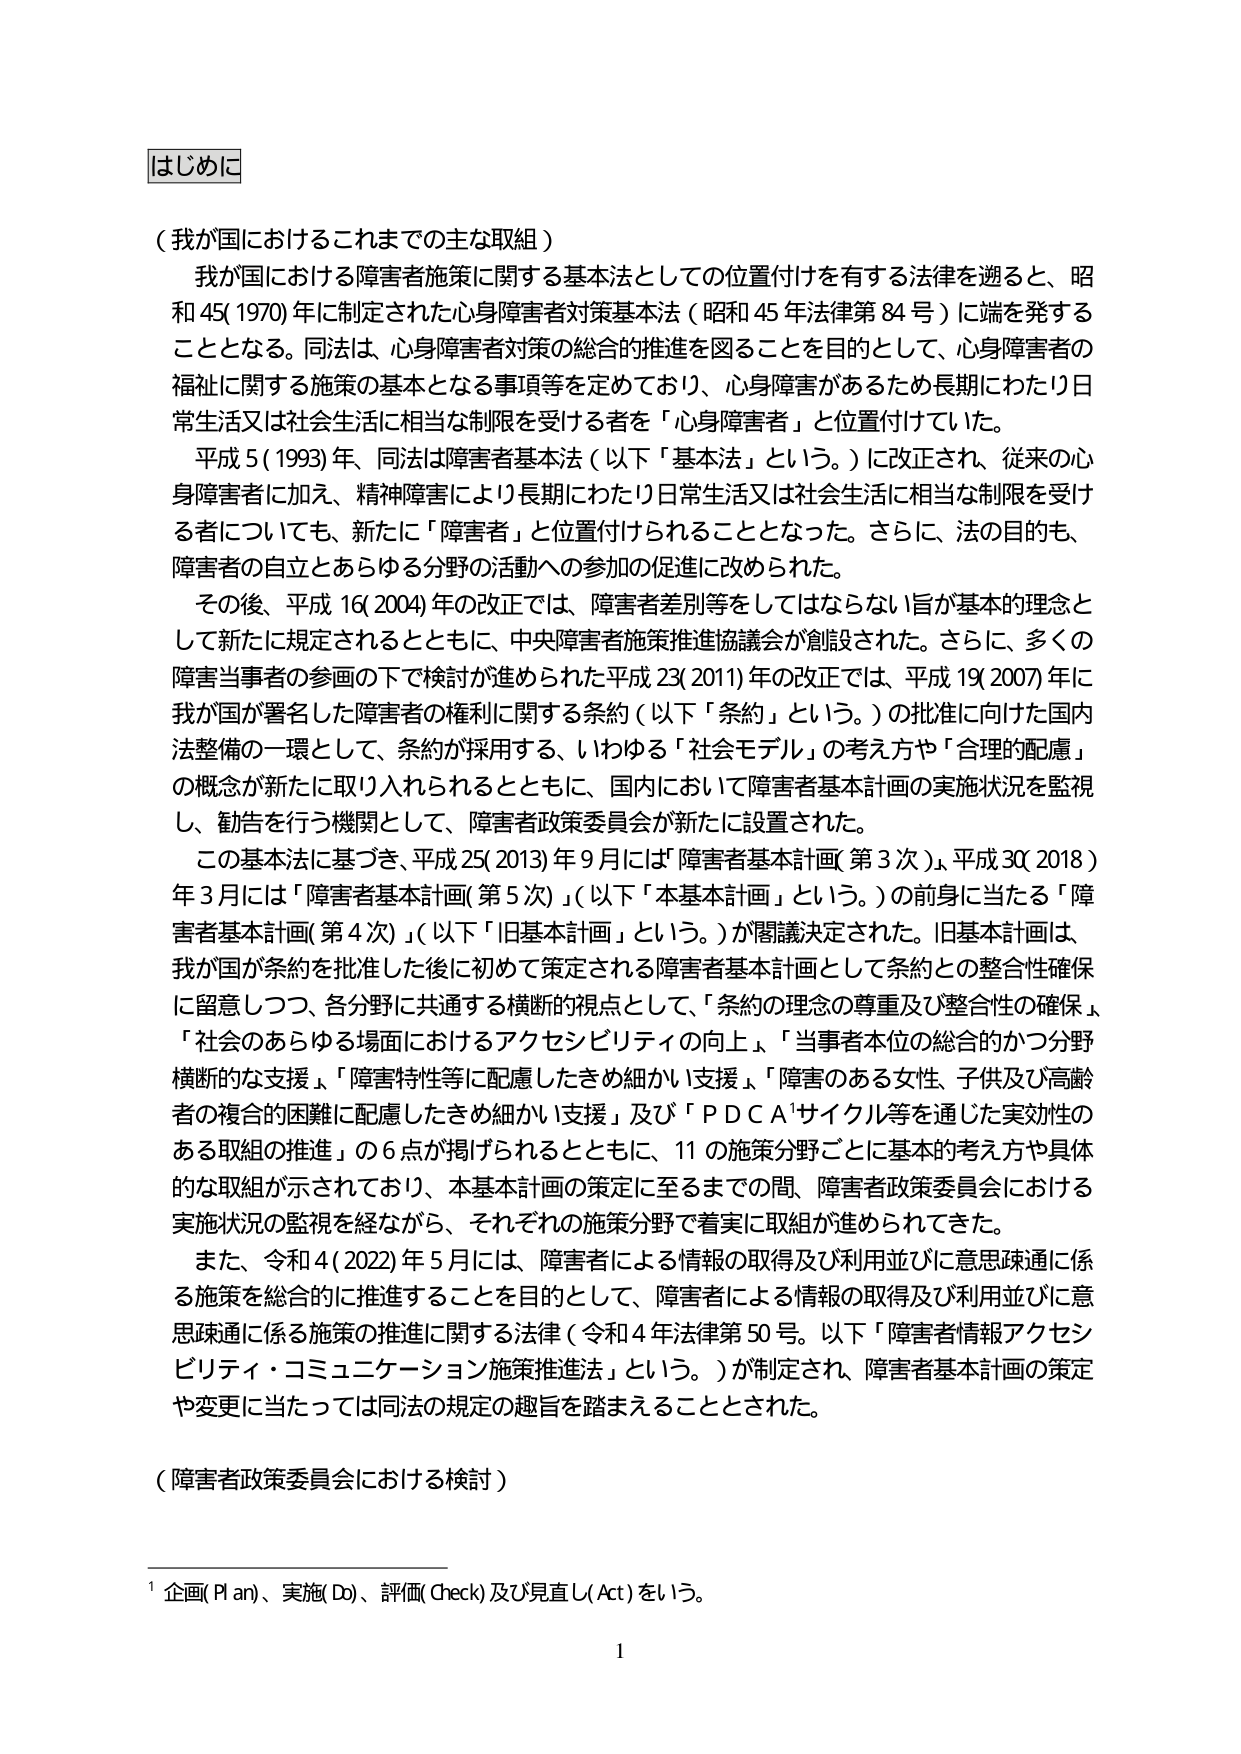
はじめに

（我が国におけるこれまでの主な取組）

我が国における障害者施策に関する基本法としての位置付けを有する法律を遡ると、昭和45（1970）年に制定された心身障害者対策基本法（昭和45年法律第84号）に端を発することとなる。同法は、心身障害者対策の総合的推進を図ることを目的として、心身障害者の福祉に関する施策の基本となる事項等を定めており、心身障害があるため長期にわたり日常生活又は社会生活に相当な制限を受ける者を「心身障害者」と位置付けていた。

平成5（1993）年、同法は障害者基本法（以下「基本法」という。）に改正され、従来の心身障害者に加え、精神障害により長期にわたり日常生活又は社会生活に相当な制限を受ける者についても、新たに「障害者」と位置付けられることとなった。さらに、法の目的も、障害者の自立とあらゆる分野の活動への参加の促進に改められた。

その後、平成16（2004）年の改正では、障害者差別等をしてはならない旨が基本的理念として新たに規定されるとともに、中央障害者施策推進協議会が創設された。さらに、多くの障害当事者の参画の下で検討が進められた平成23（2011）年の改正では、平成19（2007）年に我が国が署名した障害者の権利に関する条約（以下「条約」という。）の批准に向けた国内法整備の一環として、条約が採用する、いわゆる「社会モデル」の考え方や「合理的配慮」の概念が新たに取り入れられるとともに、国内において障害者基本計画の実施状況を監視し、勧告を行う機関として、障害者政策委員会が新たに設置された。

この基本法に基づき、平成25（2013）年9月には「障害者基本計画（第3次）」、平成30（2018）年3月には「障害者基本計画（第5次）」（以下「本基本計画」という。）の前身に当たる「障害者基本計画（第4次）」（以下「旧基本計画」という。）が閣議決定された。旧基本計画は、我が国が条約を批准した後に初めて策定される障害者基本計画として条約との整合性確保に留意しつつ、各分野に共通する横断的視点として、「条約の理念の尊重及び整合性の確保」、「社会のあらゆる場面におけるアクセシビリティの向上」、「当事者本位の総合的かつ分野横断的な支援」、「障害特性等に配慮したきめ細かい支援」、「障害のある女性、子供及び高齢者の複合的困難に配慮したきめ細かい支援」及び「ＰＤＣＡ¹サイクル等を通じた実効性のある取組の推進」の6点が掲げられるとともに、11の施策分野ごとに基本的考え方や具体的な取組が示されており、本基本計画の策定に至るまでの間、障害者政策委員会における実施状況の監視を経ながら、それぞれの施策分野で着実に取組が進められてきた。

また、令和4（2022）年5月には、障害者による情報の取得及び利用並びに意思疎通に係る施策を総合的に推進することを目的として、障害者による情報の取得及び利用並びに意思疎通に係る施策の推進に関する法律（令和4年法律第50号。以下「障害者情報アクセシビリティ・コミュニケーション施策推進法」という。）が制定され、障害者基本計画の策定や変更に当たっては同法の規定の趣旨を踏まえることとされた。

（障害者政策委員会における検討）

¹ 企画（Plan）、実施（Do）、評価（Check）及び見直し（Act）をいう。

1